Vaccination report Assam 1896-1927 - 1896-1927
Year: 1896
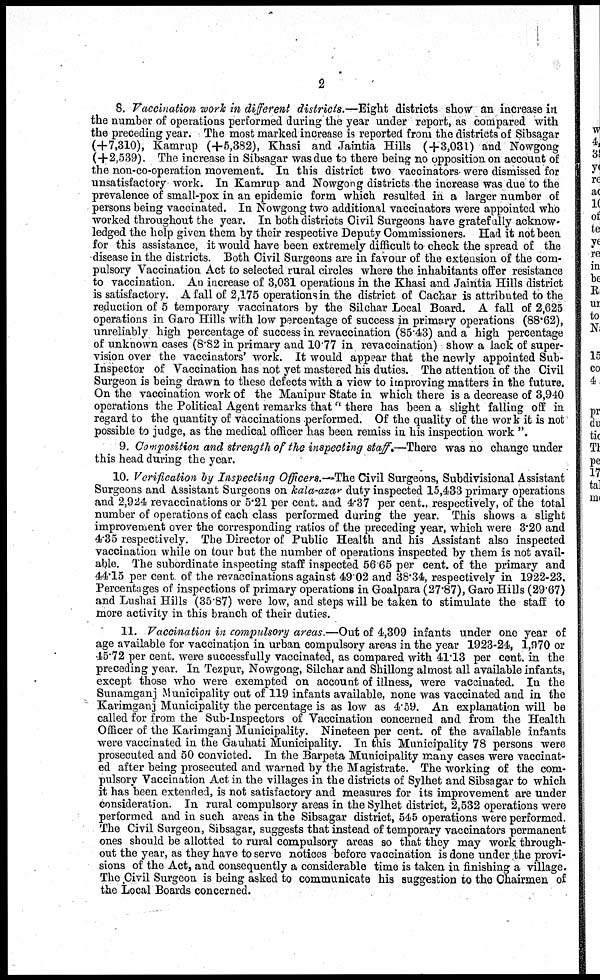
2
8. Vaccination work in different districts.—Eight districts show an increase in
the number of operations performed during the year under report, as compared with
the preceding year. The most marked increase is reported from the districts of Sibsagar
(+7,310), Kamrup (+5,382), Khasi and Jaintia Hills (+3,031) and Nowgong
(+2,539). The increase in Sibsagar was due to there being no opposition on account of
the non-co-operation movement. In this district two vaccinators were dismissed for
unsatisfactory work. In Kamrup and Nowgong districts the increase was due to the
prevalence of small-pox in an epidemic form which resulted in a larger number of
persons being vaccinated. In Nowgong two additional vaccinators were appointed who
worked throughout the year. In both districts Civil Surgeons have gratefully acknow-
ledged the help given them by their respective Deputy Commissioners. Had it not been
for this assistance, it would have been extremely difficult to check the spread of the
disease in the districts. Both Civil Surgeons are in favour of the extension of the com-
pulsory Vaccination Act to selected rural circles where the inhabitants offer resistance
to vaccination. An increase of 3,031 operations in the Khasi and Jaintia Hills district
is satisfactory. A fall of 2,175 operations in the district of Cachar is attributed to the
reduction of 5 temporary vaccinators by the Silchar Local Board. A fall of 2,625
operations in Garo Hills with low percentage of success in primary operations (88.62),
unreliably high percentage of success in revaccination (85.43) and a high percentage
of unknown cases (8.82 in primary and 10.77 in revaccination) show a lack of super-
vision over the vaccinators' work. It would appear that the newly appointed Sub-
Inspector of Vaccination has not yet mastered his duties. The attention of the Civil
Surgeon is being drawn to these defects with a view to improving matters in the future.
On the vaccination work of the Manipur State in which there is a decrease of 3,940
operations the Political Agent remarks that " there has been a slight falling off in
regard to the quantity of vaccinations performed. Of the quality of the work it is not
possible to judge, as the medical officer has been remiss in his inspection work ".
9. Composition and strength of the inspecting staff.—There was no change under
this head during the year.
10. Verification by Inspecting Officers.—The Civil Surgeons, Subdivisional Assistant
Surgeons and Assistant Surgeons on kala-azar duty inspected 15,433 primary operations
and 2,924 revaccinations or 5.21 per cent. and 4.37 per cent., respectively, of the total
number of operations of each class performed during the year. This shows a slight
improvement over the corresponding ratios of the preceding year, which were 3.20 and
4.35 respectively. The Director of Public Health and his Assistant also inspected
vaccination while on tour but the number of operations inspected by them is not avail-
able. The subordinate inspecting staff inspected 5665 per cent. of the primary and
44.15 per cent of the revaccinations against 49.02 and 38.34, respectively in 1922-23.
Percentages of inspections of primary operations in Goalpara (27.87), Garo Hills (29.67)
and Lushai Hills (35.87) were low, and steps will be taken to stimulate the staff to
more activity in this branch of their duties.
11. Vaccination in compulsory areas.—Out of 4,309 infants under one year of
age available for vaccination in urban compulsory areas in the year 1923-24, 1,970 or
45.72 per cent. were successfully vaccinated, as compared with 41.13 per cent. in the
preceding year. In Tezpur, Nowgong, Silchar and Shillong almost all available infants,
except those who were exempted on account of illness, were vaccinated. In the
Sunamganj Municipality out of 119 infants available, none was vaccinated and in the
Karimganj Municipality the percentage is as low as 4.59. An explanation will be
called for from the Sub-Inspectors of Vaccination concerned and from the Health
Officer of the Karimganj Municipality. Nineteen per cent. of the available infants
were vaccinated in the Gauhati Municipality. In this Municipality 78 persons were
prosecuted and 50 convicted. In the Barpeta Municipality many cases were vaccinat-
ed after being prosecuted and warned by the Magistrate. The working of the com-
pulsory Vaccination Act in the villages in the districts of Sylhet and Sibsagar to which
it has been extended, is not satisfactory and measures for its improvement are under
consideration. In rural compulsory areas in the Sylhet district, 2,532 operations were
performed and in such areas in the Sibsagar district, 545 operations were performed.
The Civil Surgeon, Sibsagar, suggests that instead of temporary vaccinators permanent
ones should be allotted to rural compulsory areas so that they may work through-
out the year, as they have to serve notices before vaccination is done under the provi-
sions of the Act, and consequently a considerable time is taken in finishing a village.
The Civil Surgeon is being asked to communicate his suggestion to the Chairmen of
the Local Boards concerned.